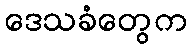
ဒေသခံတွေက